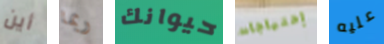
أين ربما حيوانك إحتياجات عليه